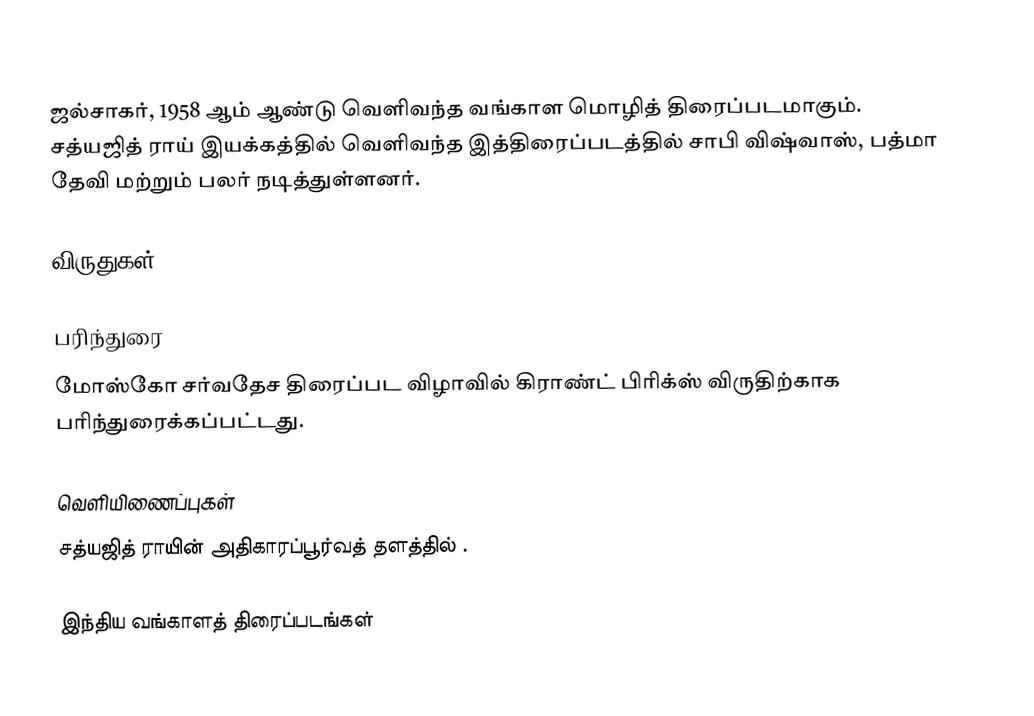
ஜல்சாகர், 1958 ஆம் ஆண்டு வெளிவந்த வங்காள மொழித் திரைப்படமாகும். சத்யஜித் ராய் இயக்கத்தில் வெளிவந்த இத்திரைப்படத்தில் சாபி விஷ்வாஸ், பத்மா தேவி மற்றும் பலர் நடித்துள்ளனர்.

விருதுகள்

பரிந்துரை
மோஸ்கோ சர்வதேச திரைப்பட விழாவில் கிராண்ட் பிரிக்ஸ் விருதிற்காக பரிந்துரைக்கப்பட்டது.

வெளியிணைப்புகள்
  சத்யஜித் ராயின் அதிகாரப்பூர்வத் தளத்தில் .

இந்திய வங்காளத் திரைப்படங்கள்